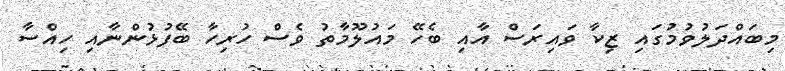
މިބައްދަލުވުމުގައި ޒިކާ ވައިރަސް އާއި ބެހޭ މައުލޫމާތު ވެސް ހުރިހާ ބޭފުޅުންނާއި ހިއްސާ